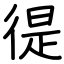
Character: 徥